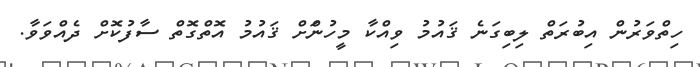
ހިތްވަރުން އިބުރަތް ލިބިގަނެ ޤައުމު ވިއްކާ މީހުންަށް ޤައުމު އޮތްގޮތް ސާފުކޮށް ދެއްވަވާ.